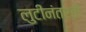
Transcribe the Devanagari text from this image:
लुटीनंतरही